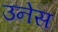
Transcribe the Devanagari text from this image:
उनेस